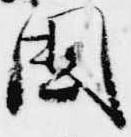
国